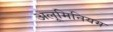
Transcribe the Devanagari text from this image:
अलूमिनियम